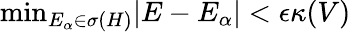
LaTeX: \mathrm{min}_{E_{\alpha}\in\sigma(H)}|E-E_{\alpha}|<\epsilon\kappa(V)